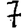
Digit: 7